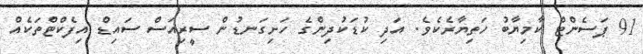
91 ޕަސެންޓް ކާމިޔާބު ހަތިޔާރެކެވެ. އަދި ކުޑަކުދިންގެ ހަށިގަނޑުން ސީރިއަސް ސައިޑް އިފެކްޓްތަކެއް